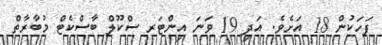
ފަހަކުން 18 އަށެވެ. އަދި 19 ވަނަ އިންޓަރ ސްކޫލް ބާސްކެޓް މުބާރާތް